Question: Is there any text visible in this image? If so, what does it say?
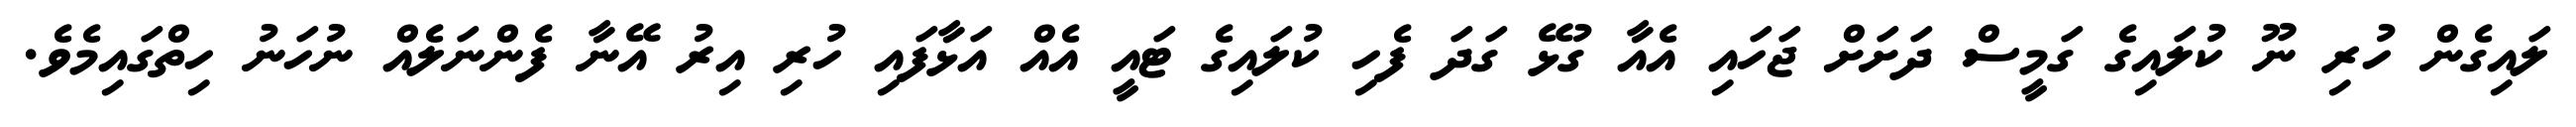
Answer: ލައިގެން ހުރި ނޫ ކުލައިގެ ގަމީސް ދަށަށް ޖަހައި އެއާ ގުޅޭ ގަދަ ފެހި ކުލައިގެ ޓައީ އެއް އަޅާފައި ހުރި އިރު އޭނާ ފެންނަލެއް ނުހަނު ހިތްގައިމެވެ.